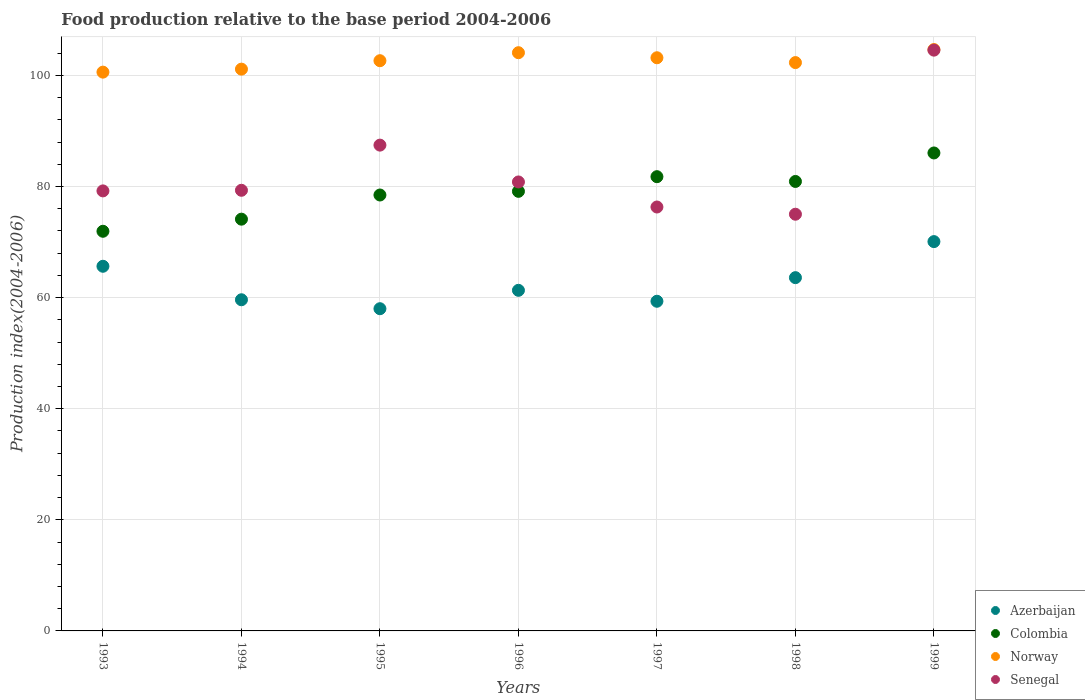
| Years | Azerbaijan | Colombia | Norway | Senegal |
 | --- | --- | --- | --- | --- |
 | 1993 | 65.7 | 72 | 101 | 79.2 |
 | 1994 | 59.6 | 74.1 | 101 | 79.3 |
 | 1995 | 58 | 78.5 | 103 | 87.5 |
 | 1996 | 61.3 | 79.1 | 104 | 80.8 |
 | 1997 | 59.4 | 81.8 | 103 | 76.3 |
 | 1998 | 63.6 | 80.9 | 102 | 75 |
 | 1999 | 70.1 | 86 | 105 | 105 |